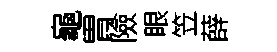
龜胃險眼笠薛